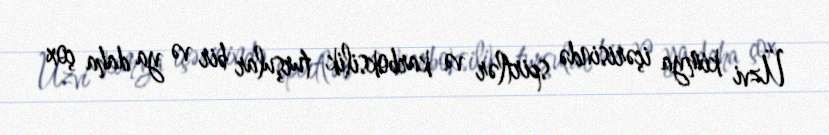
Üzvi kimya içərisində spirtlər və karboksilik turşular bir və ya daha çox